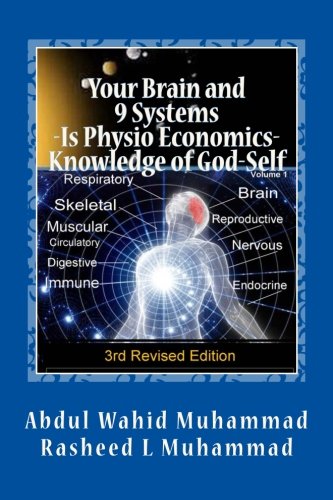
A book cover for Your Brain and 9 Systems: Equal the Physio-Economics of God Divine Knowledge of God-Self (vol. one); Abdul Wahid Muhammad; Religion & Spirituality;